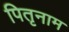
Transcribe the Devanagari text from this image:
पितृनाम